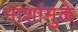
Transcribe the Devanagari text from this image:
माशांमुळे